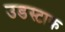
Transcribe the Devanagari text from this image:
उडस्टाक